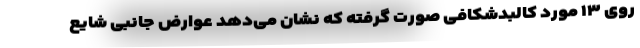
روی ۱۳ مورد کالبدشکافی صورت گرفته که نشان می‌دهد عوارض جانبی شایع